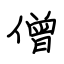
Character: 僧